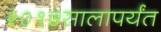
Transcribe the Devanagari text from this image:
२०१७सालापर्यंत